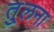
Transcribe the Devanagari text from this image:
तु्लना